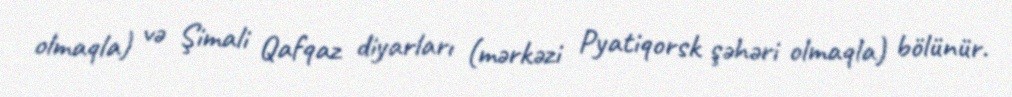
olmaqla) və Şimali Qafqaz diyarları (mərkəzi Pyatiqorsk şəhəri olmaqla) bölünür.